Report on vaccination North-West Frontier Province 1904-1922 - 1904-1922
Year: 1904
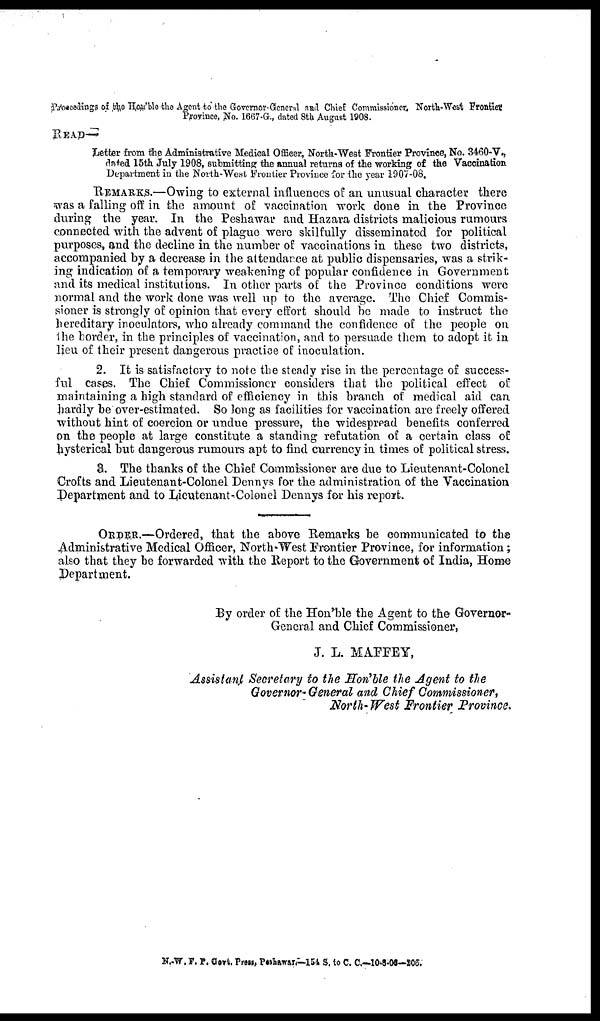
Proceedings of the Hon'ble the Agent to the Governor-Greneral and Chief Commissioner, North-West Frontier.
Province, No. 1667-G., dated 8th August 1908.
READ —
Letter from the Administrative Medical Officer, North-West Frontier Province, No. 3460-V.,
dated 15th July 1908, submitting the annual returns of the working of the Vaccination
Department in the North-West Frontier Province for the year 1907-08.
REMARKS.—Owing to external influences of an unusual character there
was a falling off in the amount of vaccination work done in the Province
during the year. In the Peshawar and Hazara districts malicious rumours
connected with the advent of plague were skilfully disseminated for political
purposes, and the decline in the number of vaccinations in these two districts,
accompanied by a decrease in the attendance at public dispensaries, was a strik-
ing indication of a temporary weakening of popular confidence in Government
and its medical institutions. In other parts of the Province conditions were
normal and the work done was well up to the average. The Chief Commis-
sioner is strongly of opinion that every effort should be made to instruct the
hereditary inoculators, who already command the confidence of the people on
the border, in the principles of vaccination, and to persuade them to adopt it in
lieu of their present dangerous practice of inoculation.
2. It is satisfactory to note the steady rise in the percentage of success-
ful cases. The Chief Commissioner considers that the political effect of
maintaining a high standard of efficiency in this branch of medical aid can
hardly be over-estimated. So long as facilities for vaccination are freely offered
without hint of coercion or undue pressure, the widespread benefits conferred
on the people at large constitute a standing refutation of a certain class of
hysterical but dangerous rumours apt to find currency in times of political stress.
3. The thanks of the Chief Commissioner are due to Lieutenant-Colonel
Crofts and Lieutenant-Colonel Dennys for the administration of the Vaccination
Department and to Lieutenant-Colonel Dennys for his report.
ORDER.—Ordered, that the above Remarks be communicated to the
Administrative Medical Officer, North-West Frontier Province, for information;
also that they be forwarded with the Report to the Government of India, Home
Department.
By order of the Hon'ble the Agent to the Governor-
General and Chief Commissioner,
J. L. MAFFEY,
Assistant Secretary to the Hon'ble the Agent to the
Governor-General and Chief Comnissioner,
North- West Frontier Province.
N.-W. F. P. Govt. Press, Peshawar—154 S. to C. C.—10-8-08—206.